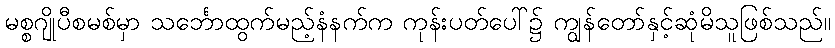
မစ္စဂျိုပီစမစ်မှာ သင်္ဘောထွက်မည့်နံနက်က ကုန်းပတ်ပေါ်၌ ကျွန်တော်နှင့်ဆုံမိသူဖြစ်သည်။